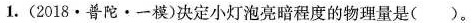
1.(2018·普陀·一模)决定小灯泡亮暗程度的物理量是( )。